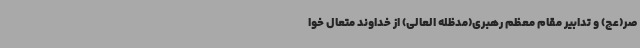
صر(عج) و تدابیر مقام معظم رهبری(مدظله العالی) از خداوند متعال خوا